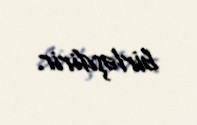
birləşdirir.